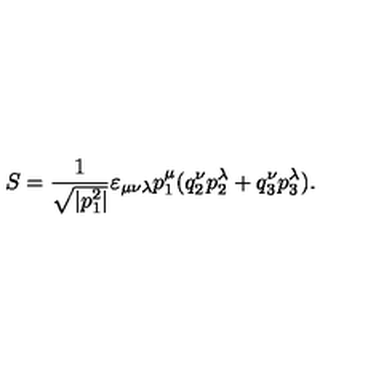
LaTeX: S = \frac { 1 } { \sqrt { | p _ { 1 } ^ { 2 } | } } \varepsilon _ { \mu \nu \lambda } p _ { 1 } ^ { \mu } ( q _ { 2 } ^ { \nu } p _ { 2 } ^ { \lambda } + q _ { 3 } ^ { \nu } p _ { 3 } ^ { \lambda } ) { . }